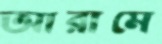
আরামে